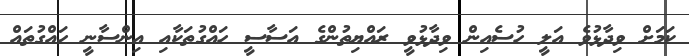
ކަމަށް ވިދާޅުވެ އަލީ ހުސެއިން ވިދާޅުވީ ރައްޔިތުންގެ އަސާސީ ހައްގުތަކާއި އިންސާނީ ހައްގުތައް